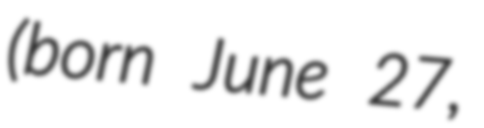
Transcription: (born June 27,